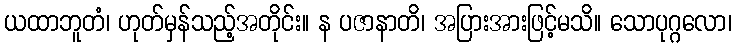
ယထာဘူတံ၊ ဟုတ်မှန်သည့်အတိုင်း။ န ပဇာနာတိ၊ အပြားအားဖြင့်မသိ။ သောပုဂ္ဂလော၊